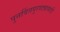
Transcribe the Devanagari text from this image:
पुनर्वित्तपुरवठ्यासाठी